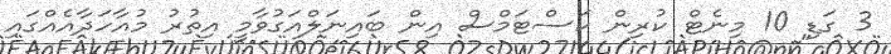
3 ގަޑި 10 މިނެޓް ކުރިން ކަސްޓަމްސް އިން ބައިނަލްއަގުވާމީ އިތުރު މުއާހަދާއެއްގައި